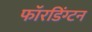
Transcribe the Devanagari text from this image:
फॉरडिंग्टन